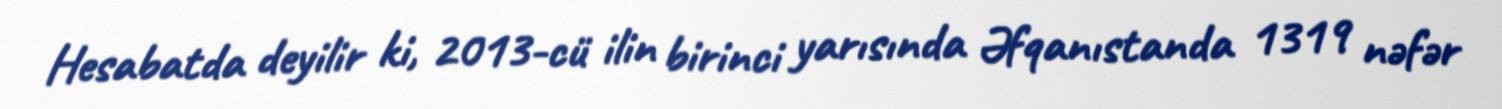
Hesabatda deyilir ki, 2013-cü ilin birinci yarısında Əfqanıstanda 1319 nəfər